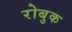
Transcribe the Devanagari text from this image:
रोबुक